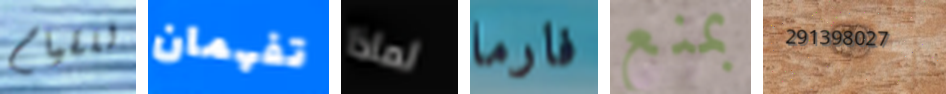
للقيام تفهمان لماذا فارما بمنع 291398027